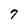
Character: 7